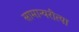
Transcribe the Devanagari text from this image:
सामान्यरीत्या